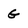
Character: G